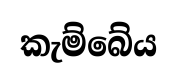
කැම්බේය